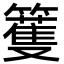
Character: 籆